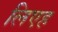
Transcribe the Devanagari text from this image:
लिएह